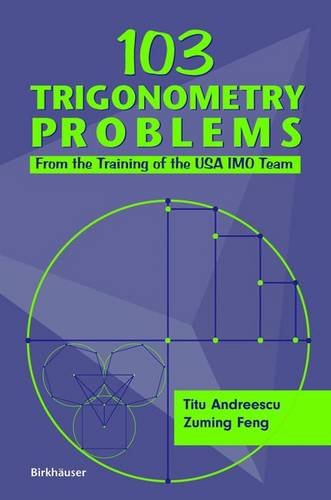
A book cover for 103 Trigonometry Problems: From the Training of the USA IMO Team; Titu Andreescu; Science & Math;